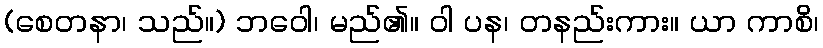
(စေတနာ၊ သည်။) ဘဝေါ၊ မည်၏။ ဝါ ပန၊ တနည်းကား။ ယာ ကာစိ၊